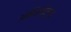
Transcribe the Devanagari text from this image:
आदिर्ञिटुडवः